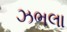
ઝભલા